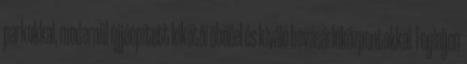
parkokkal, modernül újjáépített kikötői öböllel és kiváló bevásárlóközpontokkal. Foglaljon